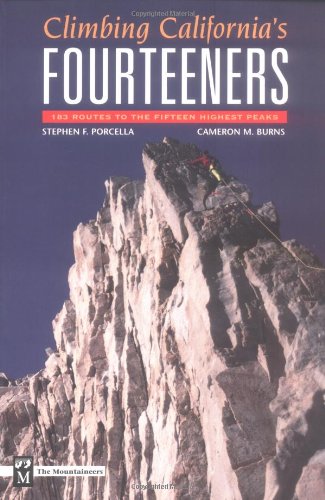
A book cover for Climbing California's Fourteeners: 183 Routes to the Fifteen Highest Peaks; Stephen Porcella; Sports & Outdoors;